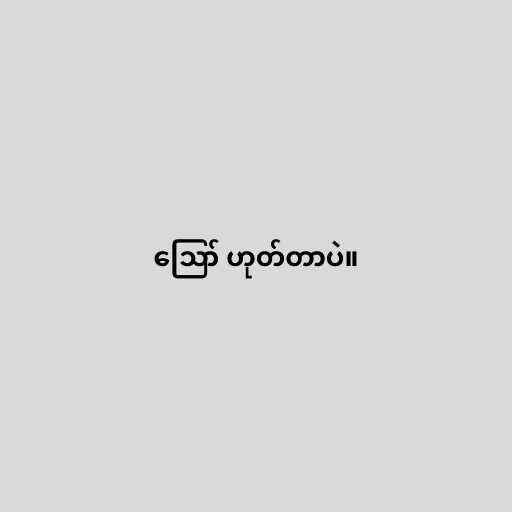
ဪ ဟုတ်တာပဲ။